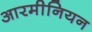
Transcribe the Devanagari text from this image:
आरमीनियन